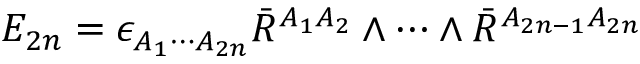
{ \cal E } _ { 2 n } = \epsilon _ { A _ { 1 } \cdots A _ { 2 n } } \bar { R } ^ { A _ { 1 } A _ { 2 } } \wedge \cdots \wedge \bar { R } ^ { A _ { 2 n - 1 } A _ { 2 n } }